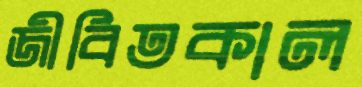
জীবিতকাল